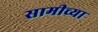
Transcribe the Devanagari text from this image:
सामीच्या